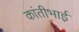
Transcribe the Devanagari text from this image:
कांतीभाई